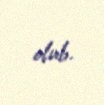
olub.